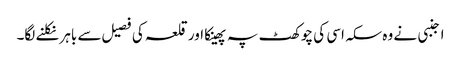
اجنبی نے وہ سکہ اسی کی چوکھٹ پہ پھینکا اور قلعہ کی فصیل سے باہر نکلنے لگا۔